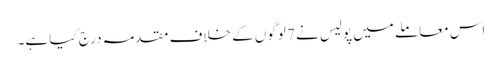
اس معاملے میں پولیس نے 7 لوگوں کے خلاف مقدمہ درج کیا ہے۔